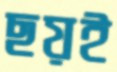
ছয়ই